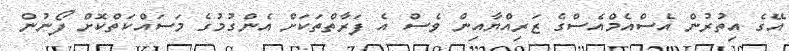
އޭގެ އިތުރުން އެސްއެމްއެސްގެ ޒަރިއްޔާއިން ވެސް އެ ފަރާތްތަކަށް އެންގުމުގެ މަސައްކަތްކޮށް ފޯނުން